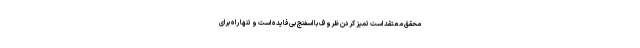
محقق معتقد است تمیز کردن ظروف با اسفنج بی‌فایده است و تنها راه برای